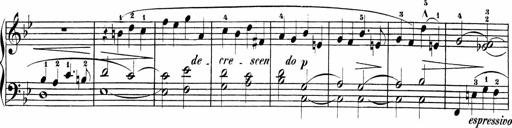
Title: Sonatinen Op.47, 98 und 136, nebst 6 Liedersonatinen
Composer: Carl Reinecke